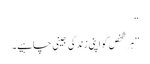
‘‘
’’ہر شخص کو اپنی زندگی جینی چاہیے۔